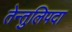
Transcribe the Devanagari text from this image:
तेन्तुलिपदा